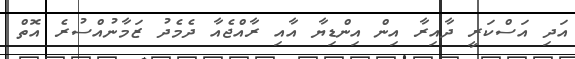
އަދި އަސްކަރީ ދާއިރާ އިން އިންޑިޔާ އާއި ރާއްޖެއާ ދެމެދު ޒަމާނުއްސުރެ އޮތް